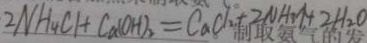
2 N H _ { 4 } C l + C a ( O H _ { 2 } ) = C a C l _ { 2 } + 2 N H _ { 3 } \uparrow + 2 H _ { 2 } O